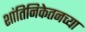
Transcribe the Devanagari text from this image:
शांतिनिकेतनच्या